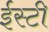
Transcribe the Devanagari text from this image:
ईस्टी